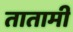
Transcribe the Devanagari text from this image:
तातामी